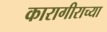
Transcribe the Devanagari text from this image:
कारागीराच्या